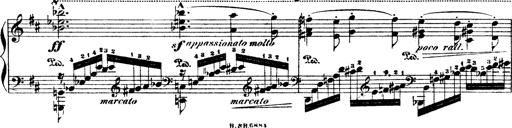
Title: Illustrations de l'opÃ©ra L'Africaine
Composer: Franz Liszt